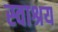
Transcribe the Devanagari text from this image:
स्वाश्रय